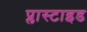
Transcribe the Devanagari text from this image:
प्लास्टाइड